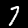
Digit: 7